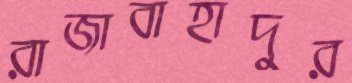
রাজাবাহাদুর